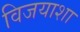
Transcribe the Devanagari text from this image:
विजयाशा